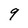
Character: 9